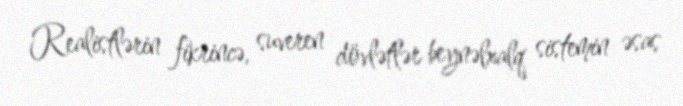
Realistlərin fikrincə, suveren dövlətlər beynəlxalq sistemin əsas